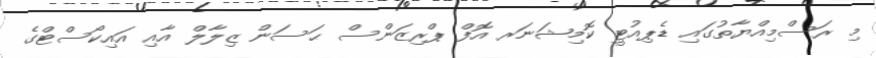
މި ރަސްމިއްޔާތުގައި ޑެޕިއުޓީ ކޮމިޝަނަރ އޮފް ޕްރިޒަންސް ޙަސަން ޒިލާލް އާއި އައިކޯސްޓްގެ